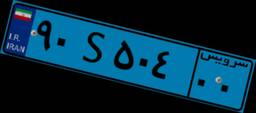
۹۰S۵۰۴۰۰